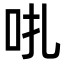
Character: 𠯩